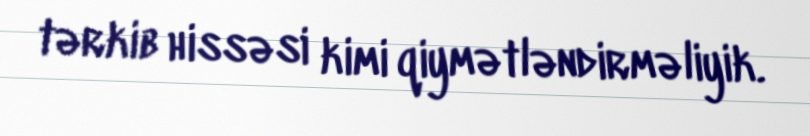
tərkib hissəsi kimi qiymətləndirməliyik.